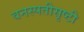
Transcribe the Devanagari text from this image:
वनस्पतीसृष्टी